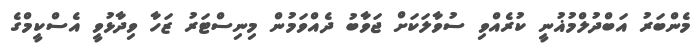
މެންބަރު އަބްދުލްމުޣުނީ ކުރެއްވި ސުވާލަކަށް ޖަވާބު ދެއްވަމުން މިނިސްޓަރު ޒަހާ ވިދާޅުވީ އެސްކީމްގެ